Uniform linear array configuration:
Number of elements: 24
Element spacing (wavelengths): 0.25
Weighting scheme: binomial
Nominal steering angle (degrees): -15
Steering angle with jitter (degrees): -15.122
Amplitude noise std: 0.05
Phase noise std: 0.05

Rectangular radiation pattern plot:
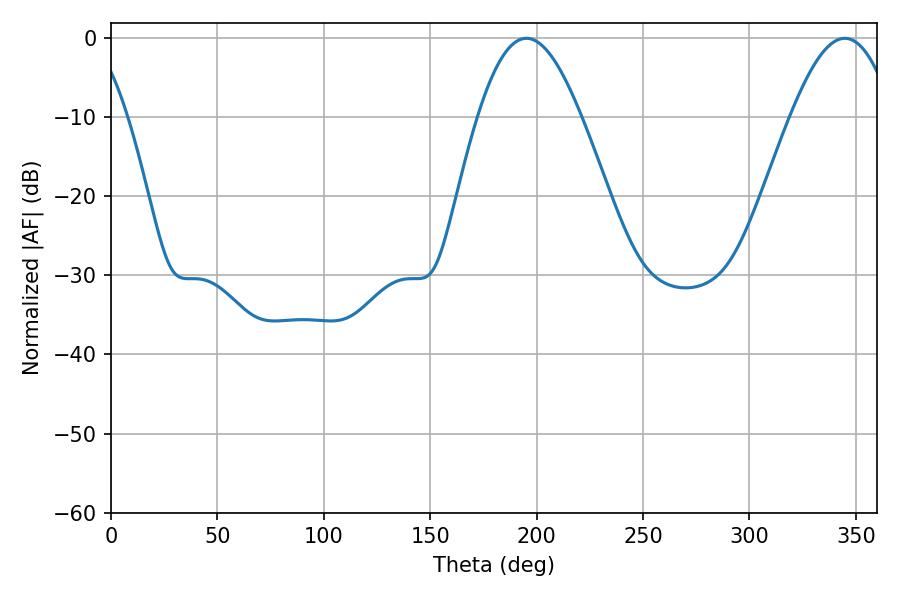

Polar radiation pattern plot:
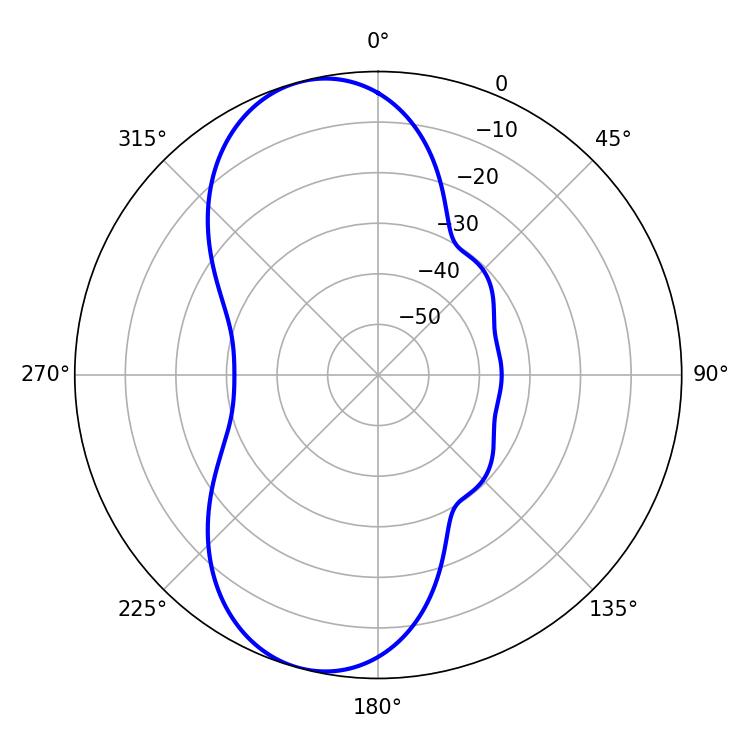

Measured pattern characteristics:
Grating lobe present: FALSE
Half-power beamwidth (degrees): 26.28
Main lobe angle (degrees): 195.12